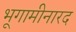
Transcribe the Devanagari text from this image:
भूगामीनारद